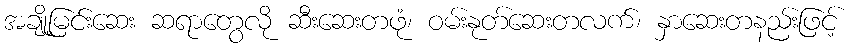
အချို့မြင်းဆေး ဆရာတွေလို ဆီးဆေးတဖုံ၊ ဝမ်းနုတ်ဆေးတလက်၊ နှာဆေးတနည်းဖြင့်